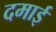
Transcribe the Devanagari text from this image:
दमाई